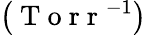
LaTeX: \left(\mathrm{~T~o~r~r~}^{-1}\right)